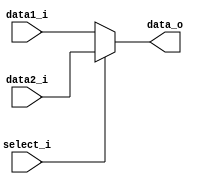
module MUX32 (data1_i, data2_i, select_i, data_o);
// 0=> regB; 1=>immed
// A, data1_i: regB
// B, data2_i: immed
// all declarations are defaulted to "wire"
input [31:0] data1_i, data2_i;
input select_i; //default: 1-bit
output [31:0] data_o;
assign data_o = select_i ? data2_i: data1_i;
// ALUSrc = 1-> output immed(B), otherwise output regB(A)
// MemtoReg = 1-> output Data Memory's data(B), otherwise output ALU result
endmodule


/*
module MUX32_tb;
	reg [31:0] A, B;
    reg signal;
	wire [31:0] O;
MUX32 uut(A, B, signal, O); //by-order passing arguments
initial
	begin
		$dumpfile("MUX32.vcd"); //fsdb vcd
		$dumpvars(0, MUX32_tb);
		#50 A =5'b00010; B = 5'b01111; signal = 1'b0; // A
        $monitor("A = %b, B = %b, O = %b| select = %b", A, B, O, signal);
		#50 A =5'b00010; B = 5'b01111; signal = 1'b1; // B
        $monitor("A = %b, B = %b, O = %b| select = %b", A, B,  O, signal);
        #50 A =5'b01110; B = 5'b01111; signal = 1'b0; // A
        $monitor("A = %b, B = %b, O = %b| select = %b", A, B, O, signal);
        #50 A =5'b11110; B = 5'b01111; signal = 1'b1; // B
        $monitor("A = %b, B = %b, O = %b| select = %b", A, B, O, signal);
		#50 $finish;
	end
endmodule
*/